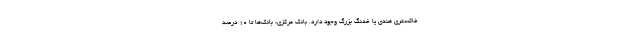
خاکستری هندی یا خدنگ بزرگ وجود دارد. بانک مرکزی: بانک‌ها تا ۱۰ درصد